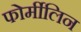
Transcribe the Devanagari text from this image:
फोर्मीलिन